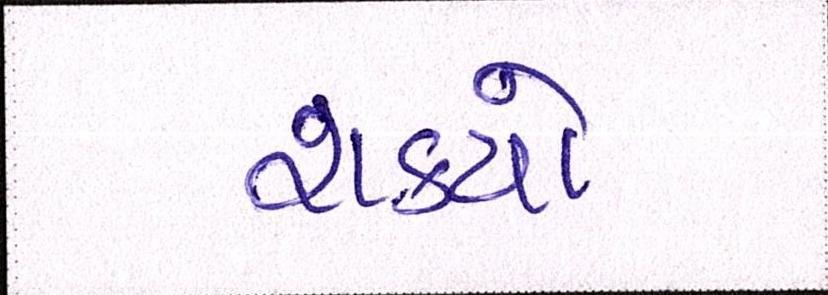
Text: શક્યો